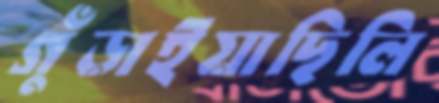
গুঁড়াইয়াছিলি